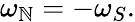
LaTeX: \omega_{\mathbb{N}}=-\omega_{S}.